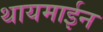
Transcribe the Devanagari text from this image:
थायमाईन